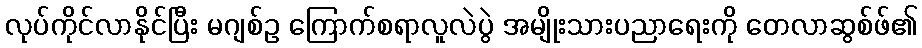
လုပ်ကိုင်လာနိုင်ပြီး မဂျစ်ဥ ကြောက်စရာလူလဲပွဲ အမျိုးသားပညာရေးကို တေလာဆွစ်ဖ်၏